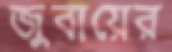
জুবায়ের